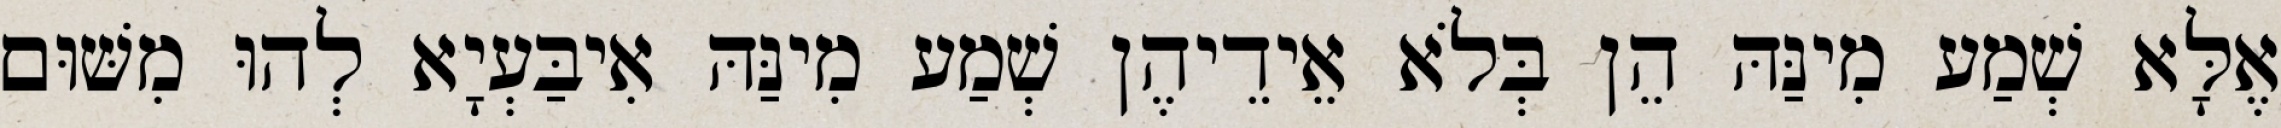
אֶלָּא שְׁמַע מִינַּהּ הֵן בְּלֹא אֵידֵיהֶן שְׁמַע מִינַּהּ אִיבַּעְיָא לְהוּ מִשּׁוּם